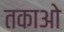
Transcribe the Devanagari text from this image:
तकाओ